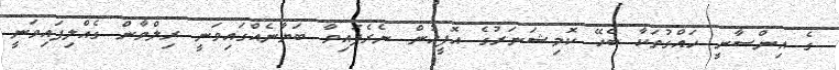
ގެ އިންސާނީ ހައްގުތަކާ ބެހޭ ކޮމިޝަނަރުގެ އޮފީހުން ނެރެފައިވާ ބަޔާނެއްގައިވަނީ ރިލްވާން ގެއްލިފައިވަނީ